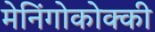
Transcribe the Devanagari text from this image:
मेनिंगोकोक्की